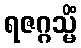
ရဇဂ္ဂသ္မိံ